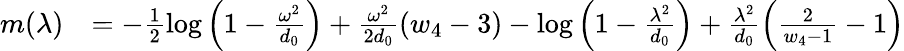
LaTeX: \begin{array}{rl}{m(\lambda)}&{=-\frac{1}{2}\log\left(1-\frac{\omega^{2}}{d_{0}}\right)+\frac{\omega^{2}}{2d_{0}}(w_{4}-3)-\log\left(1-\frac{\lambda^{2}}{d_{0}}\right)+\frac{\lambda^{2}}{d_{0}}\left(\frac{2}{w_{4}-1}-1\right)}\end{array}